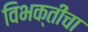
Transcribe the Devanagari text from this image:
विभक्तींचा